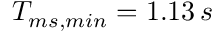
T _ { m s , m i n } = 1 . 1 3 \, s